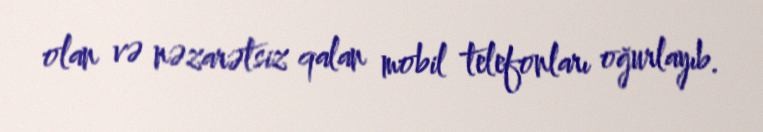
olan və nəzarətsiz qalan mobil telefonları oğurlayıb.